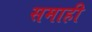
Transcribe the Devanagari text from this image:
समाही